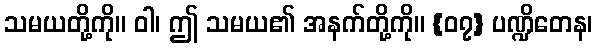
သမယတို့ကို။ ဝါ၊ ဤ သမယ၏ အနက်တို့ကို။ {၀၇} ပဏ္ဍိတေန၊